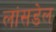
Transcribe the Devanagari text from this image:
लांसडेल